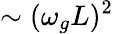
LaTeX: \sim(\omega_{g}L)^{2}